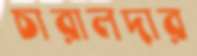
চারালদার